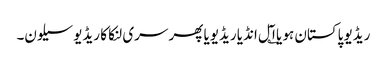
ریڈیو پاکستان ہو یا ا؎ٓل انڈیا ریڈیویا پھر سری لنکا کا ریڈیو سیلون۔